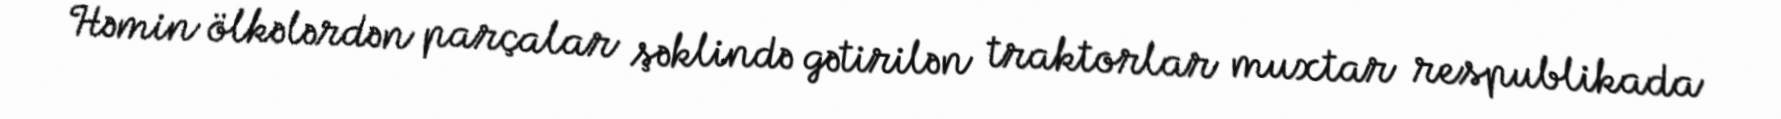
Həmin ölkələrdən parçalar şəklində gətirilən traktorlar muxtar respublikada